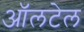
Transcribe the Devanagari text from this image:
ऑलटेल